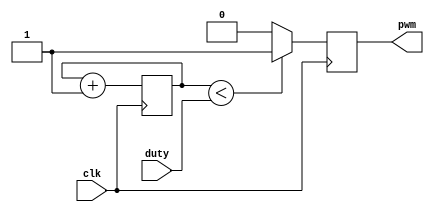
`timescale 1ns / 1ps
//////////////////////////////////////////////////////////////////////////////////
// Company: 
// 
// Design Name: 
// Module Name: PWM
// Project Name: 
// Target Devices: 
// Tool Versions: 
// Description: 
// 
// Dependencies: 
// 
// Revision:
// Revision 0.01 - File Created
// Additional Comments:
// 
//////////////////////////////////////////////////////////////////////////////////


module PWM(
input clk,
input [7:0] duty,
output reg pwm);

reg [7:0] counter=0;

//simple pwm at 100MHZ/256, with variable duty
always@(posedge clk)
begin
counter <= counter +1;
if(counter<duty)
pwm <= 1;
else
pwm <= 0;
end



endmodule